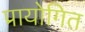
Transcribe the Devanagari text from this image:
प्रायोगित